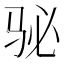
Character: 𱅈